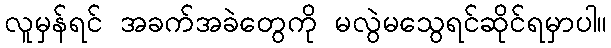
လူမှန်ရင် အခက်အခဲတွေကို မလွဲမသွေရင်ဆိုင်ရမှာပါ။